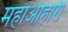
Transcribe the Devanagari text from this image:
महाआहारी